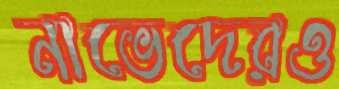
নাভেদেরও